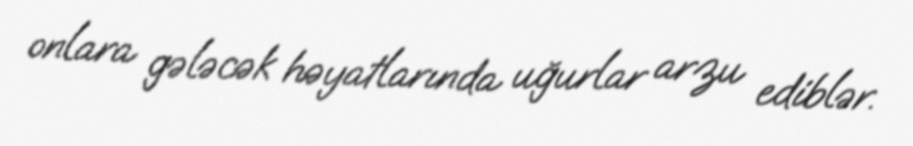
onlara gələcək həyatlarında uğurlar arzu ediblər.